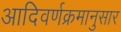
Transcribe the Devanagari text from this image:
आदिवर्णक्रमानुसार